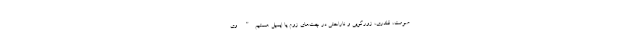
صومت‌، قلدری، زورگویی و ناراحتی در چت‌های زوم یا ایمیل هستیم". وی